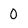
Character: 0